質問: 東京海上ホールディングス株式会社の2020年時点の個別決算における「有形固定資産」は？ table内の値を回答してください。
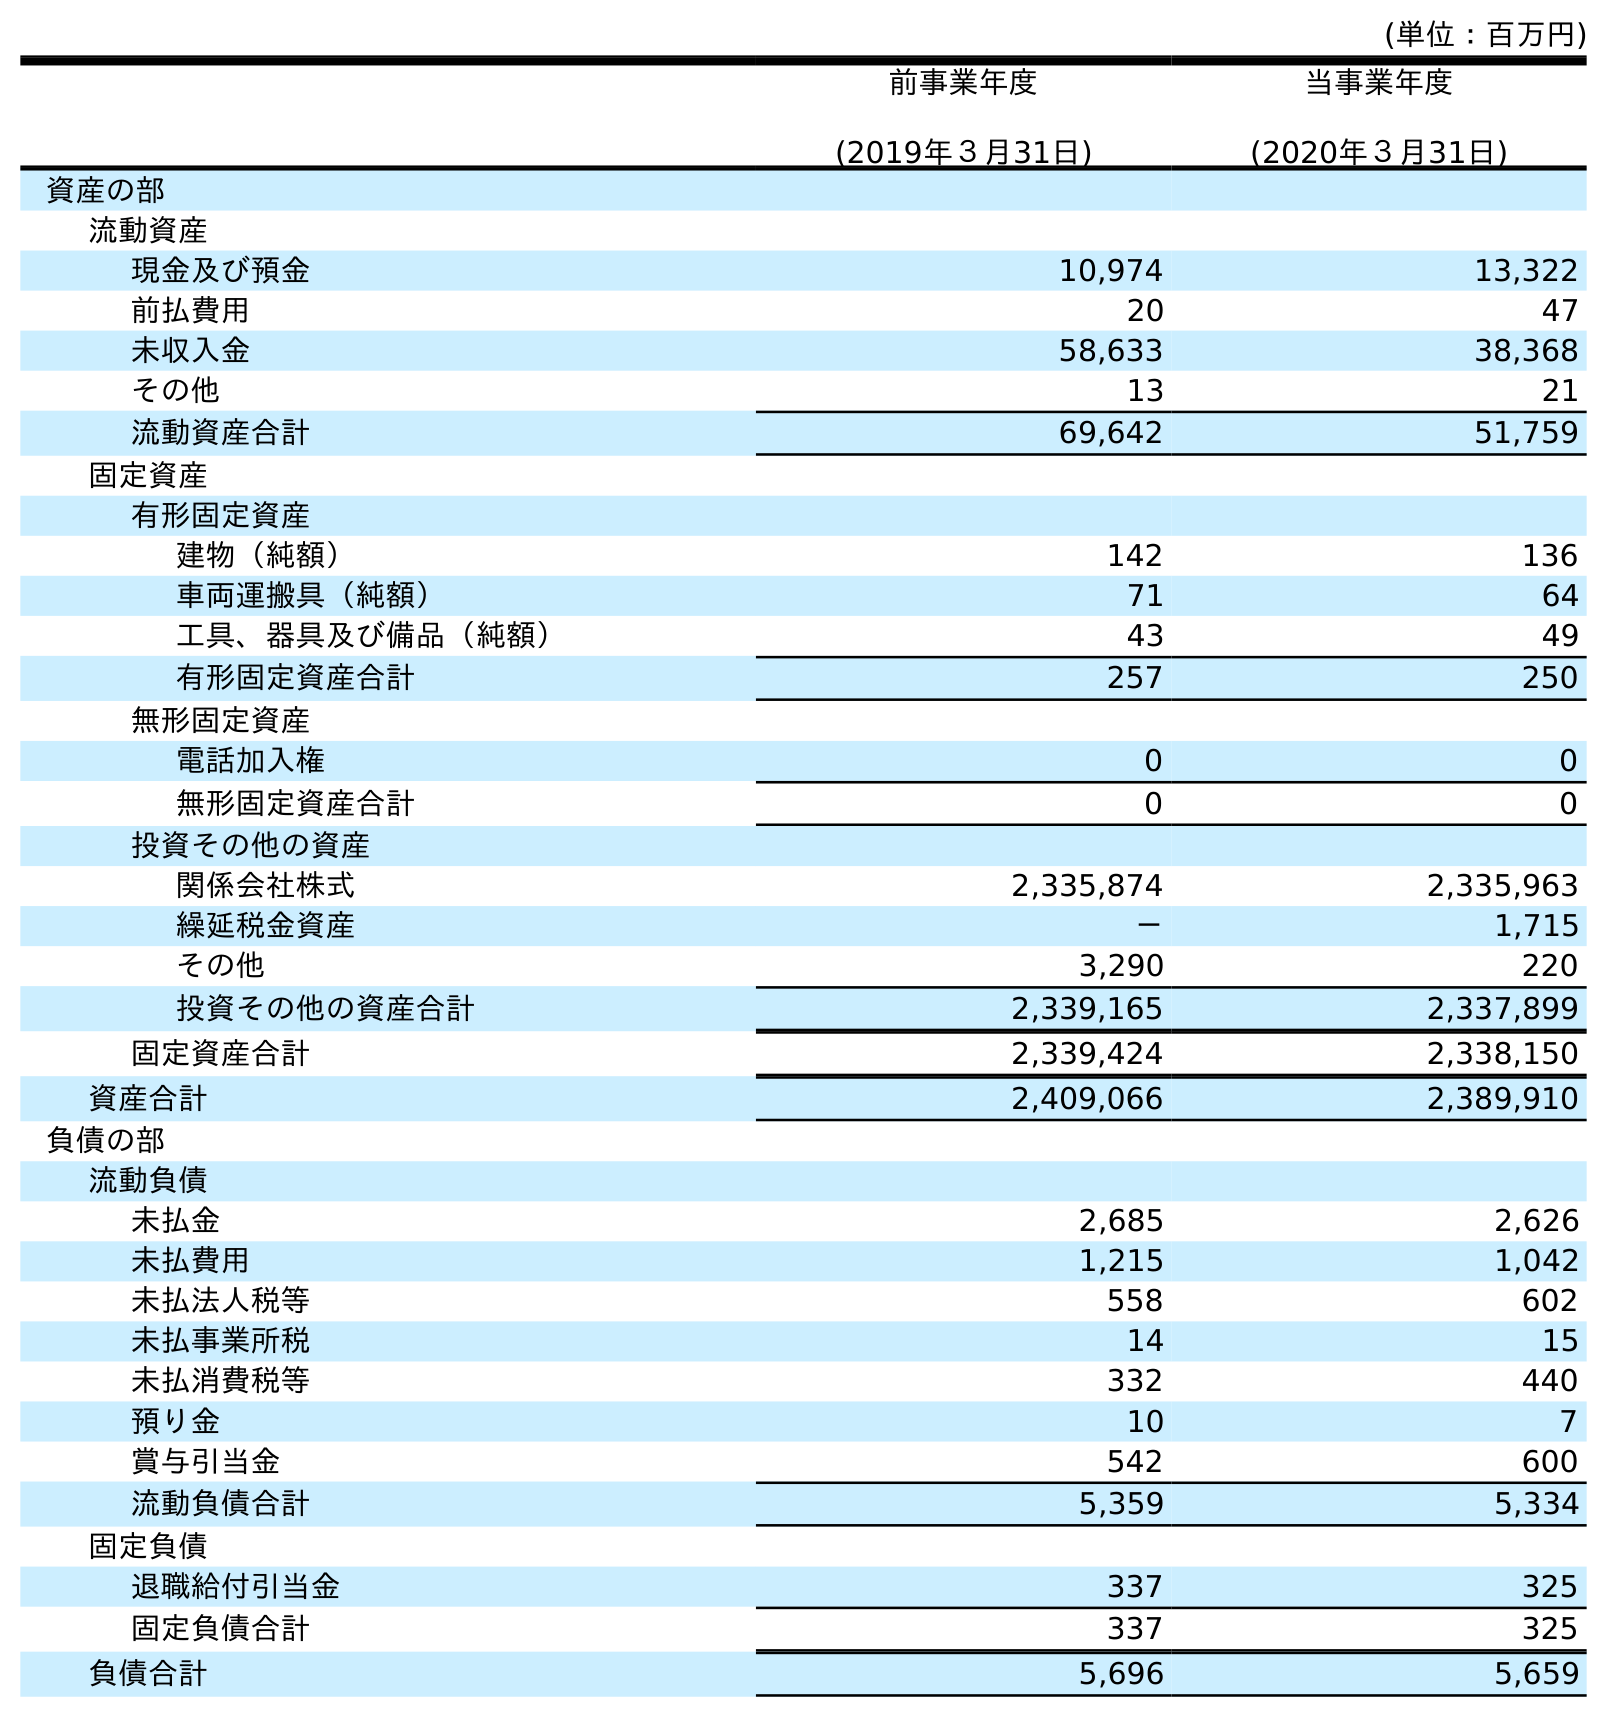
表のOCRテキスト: (単位：百万円) 前事業年度 (2019年３月31日) 当事業年度 (2020年３月31日) 資産の部 流動資産 現金及び預金 10,974 13,322 前払費用 20 47 未収入金 58,633 38,368 その他 13 21 流動資産合計 69,642 51,759 固定資産 有形固定資産 建物（純額） 142 136 車両運搬具（純額） 71 64 工具、器具及び備品（純額） 43 49 有形固定資産合計 257 250 無形固定資産 電話加入権 0 0 無形固定資産合計 0 0 投資その他の資産 関係会社株式 2,335,874 2,335,963 繰延税金資産 － 1,715 その他 3,290 220 投資その他の資産合計 2,339,165 2,337,899 固定資産合計 2,339,424 2,338,150 資産合計 2,409,066 2,389,910 負債の部 流動負債 未払金 2,685 2,626 未払費用 1,215 1,042 未払法人税等 558 602 未払事業所税 14 15 未払消費税等 332 440 預り金 10 7 賞与引当金 542 600 流動負債合計 5,359 5,334 固定負債 退職給付引当金 337 325 固定負債合計 337 325 負債合計 5,696 5,659
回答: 250